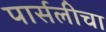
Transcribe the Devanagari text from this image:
पार्सलीचा